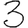
Digit: 3